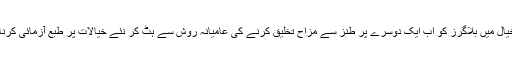
میرے خیال میں بلاگرز کو اب ایک دوسرے پر طنز سے مزاح تخلیق کرنے کی عامیانہ روش سے ہٹ کر نئے خیالات پر طبع آزمائی کرنا چاہئے۔